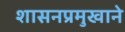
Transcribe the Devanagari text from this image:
शासनप्रमुखाने